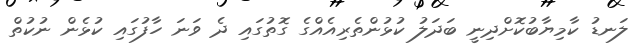
ލަނޑު ކާމިޔާބުކޮށްދިނީ ބަދަލު ކުޅުންތެރިއެއްގެ ގޮތުގައި ދެ ވަނަ ހާފުގައި ކުޅެން ނުކުތް